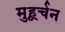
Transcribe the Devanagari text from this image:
मुहूर्चन